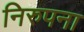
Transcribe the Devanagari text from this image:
निरुपना